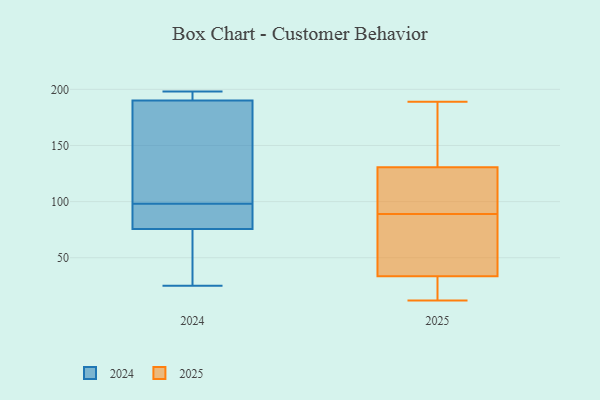
{"axis": {"x": "Website Visitors", "y": "Value"}, "legend": ["2024", "2025"], "data": [{"x": "", "y": 89, "type": "2024"}, {"x": "", "y": 198, "type": "2024"}, {"x": "", "y": 98, "type": "2024"}, {"x": "", "y": 53, "type": "2024"}, {"x": "", "y": 189, "type": "2024"}, {"x": "", "y": 108, "type": "2024"}, {"x": "", "y": 193, "type": "2024"}, {"x": "", "y": 42, "type": "2024"}, {"x": "", "y": 83, "type": "2024"}, {"x": "", "y": 125, "type": "2024"}, {"x": "", "y": 94, "type": "2024"}, {"x": "", "y": 198, "type": "2024"}, {"x": "", "y": 25, "type": "2024"}, {"x": "", "y": 53, "type": "2025"}, {"x": "", "y": 12, "type": "2025"}, {"x": "", "y": 129, "type": "2025"}, {"x": "", "y": 151, "type": "2025"}, {"x": "", "y": 89, "type": "2025"}, {"x": "", "y": 27, "type": "2025"}, {"x": "", "y": 93, "type": "2025"}, {"x": "", "y": 86, "type": "2025"}, {"x": "", "y": 24, "type": "2025"}, {"x": "", "y": 72, "type": "2025"}, {"x": "", "y": 24, "type": "2025"}, {"x": "", "y": 89, "type": "2025"}, {"x": "", "y": 135, "type": "2025"}, {"x": "", "y": 131, "type": "2025"}, {"x": "", "y": 189, "type": "2025"}]}